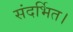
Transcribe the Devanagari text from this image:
संदर्भित।